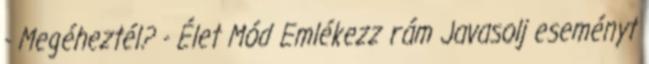
- Megéheztél? - Élet Mód Emlékezz rám Javasolj eseményt